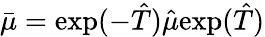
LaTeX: \bar{\mu}=\mathrm{exp}(-\hat{T})\hat{\mu}\mathrm{exp}(\hat{T})